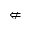
\nLeftarrow